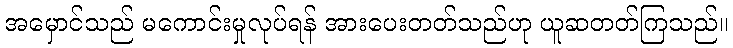
အမှောင်သည် မကောင်းမှုလုပ်ရန် အားပေးတတ်သည်ဟု ယူဆတတ်ကြသည်။